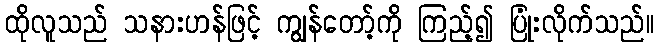
ထိုလူသည် သနားဟန်ဖြင့် ကျွန်တော့်ကို ကြည့်၍ ပြုံးလိုက်သည်။